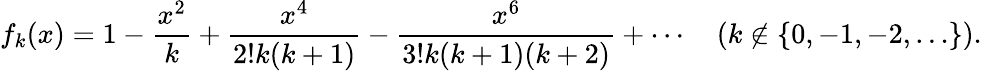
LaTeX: f_{k}(x)=1-{\frac{x^{2}}{k}}+{\frac{x^{4}}{2!k(k+1)}}-{\frac{x^{6}}{3!k(k+1)(k+2)}}+\cdots\quad(k\notin\{ 0,-1,-2,\ldots\} ).